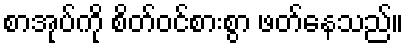
စာအုပ်ကို စိတ်ဝင်စားစွာ ဖတ်နေသည်။